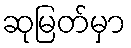
ဆုမြတ်မှာ